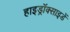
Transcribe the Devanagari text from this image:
हाइड्रॉक्साइडें